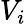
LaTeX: V_{i}